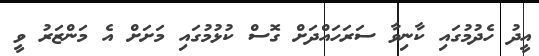
އީދު ހެދުމުގައި ކާނިވާ ސަރަހައްދަށް ގޮސް ކުޅުމުގައި މަށަށް އެ މަންޒަރު ވީ